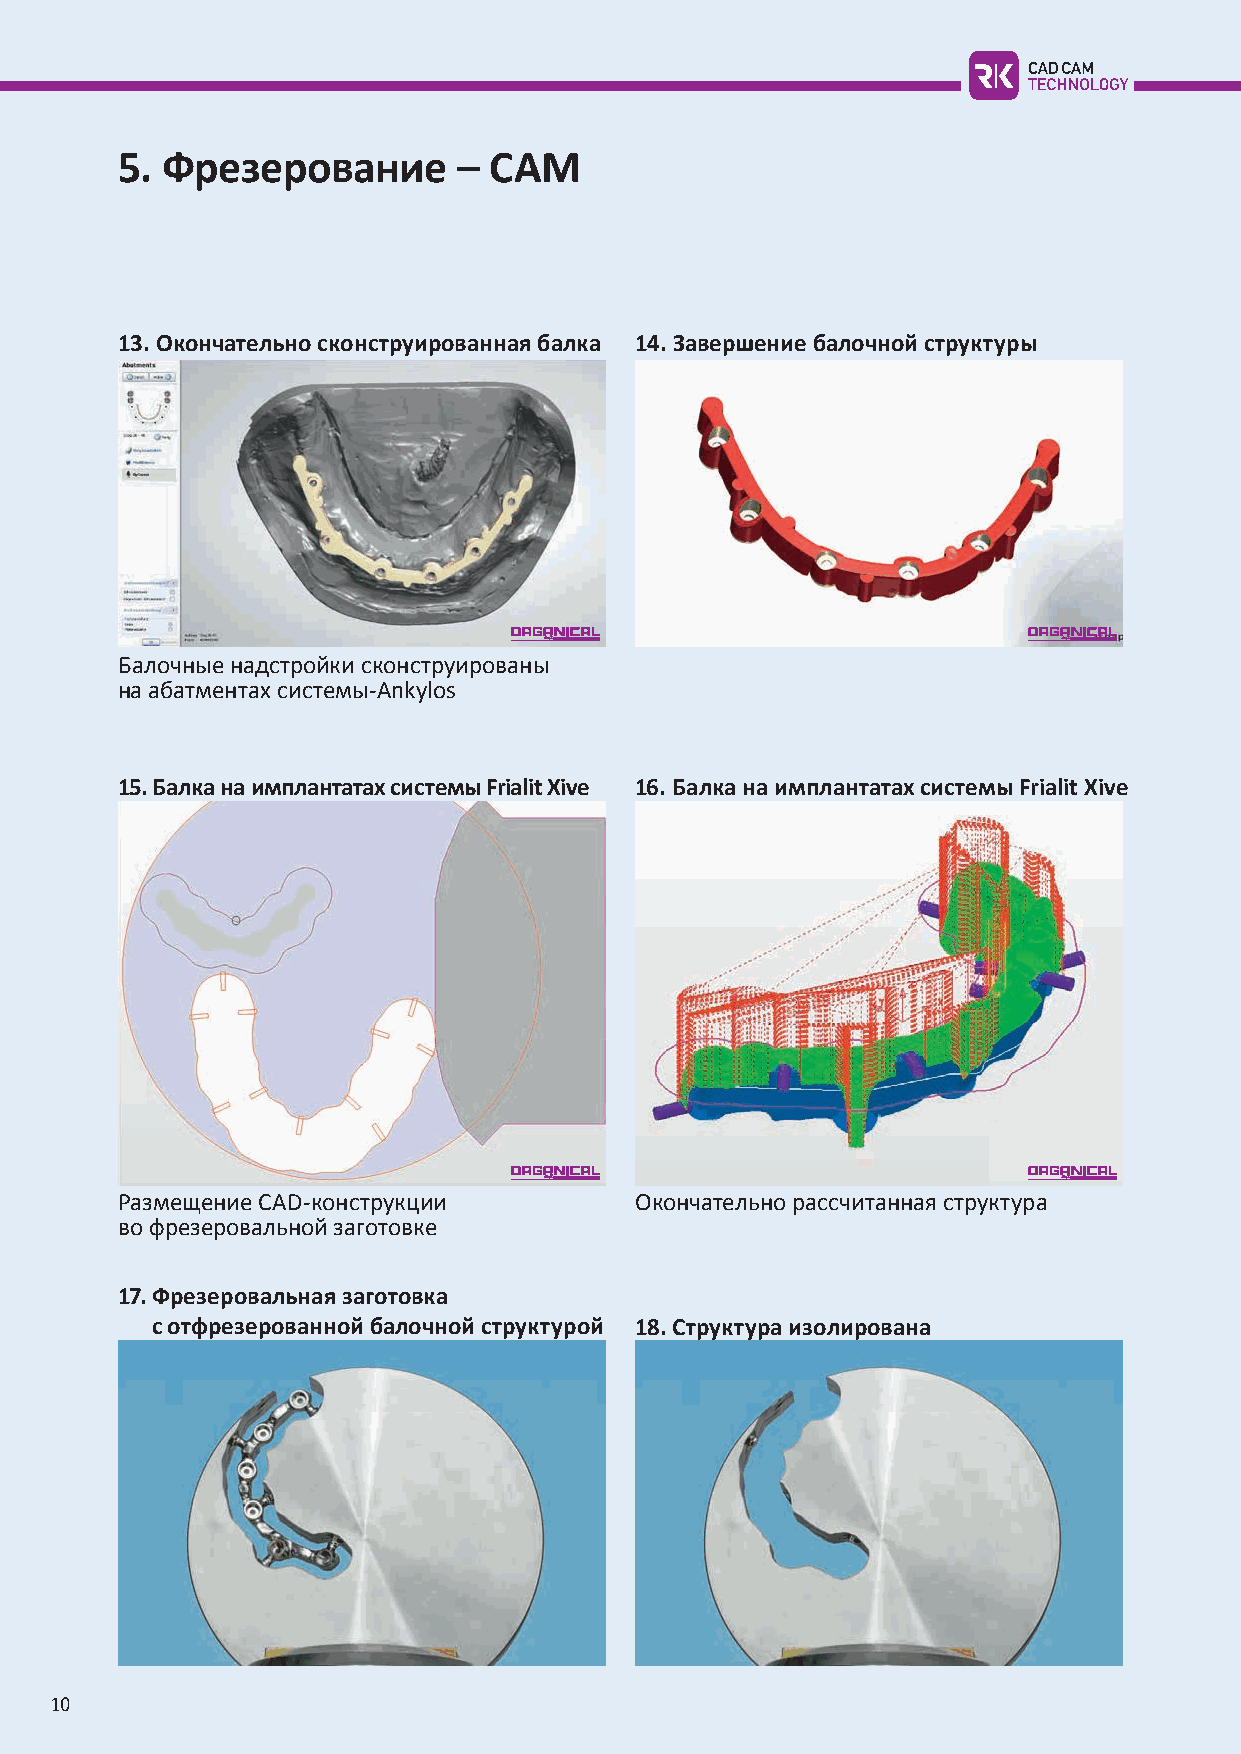
5. Фрезерование       – CAM
 13. Окончательно сконструированная балка 14. Завершение балочной структуры
 Балочные надстройки сконструированы
 на абатментах системы-Ankylos
 15. Балка на имплантатах системы Frialit Xive 16. Балка на имплантатах системы Frialit Xive
 Размещение CAD-конструкции        Окончательно рассчитанная структура
 во фрезеровальной заготовке
 17. Фрезеровальная заготовка
 с отфрезерованной балочной структурой 18. Структура изолирована
 10